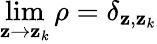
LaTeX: \operatorname*{lim}_{\mathbf{z}\rightarrow\mathbf{z}_{k}}\rho=\delta_{\mathbf{z},\mathbf{z}_{k}}